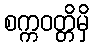
စက္ကဝတ္တိမှိ